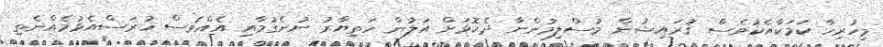
މިހުރިހާ ކަމަކާއެކުވެސް ޤުރައިޝުން މުސްލިމުންނާ ދެކޮޅަށް އަލުން ހަތިޔާރު ނުނެގުމާއި އެއްވެސް ހުރަސްއެޅުމެއްނެތި